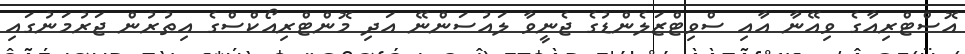
އޮސްޓްރިއާގެ ވިއޭނާ އާއި ސްވިޓްޒަލެންޑުގެ ޖެނީވާ ލައުސަންނޭ އަދި މޮންޓްރިއޯކްސްގެ އިތުރުން ޖަރުމަނުގައި